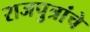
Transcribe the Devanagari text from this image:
राजपुत्रांचे